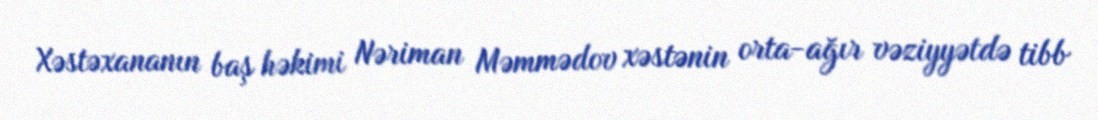
Xəstəxananın baş həkimi Nəriman Məmmədov xəstənin orta-ağır vəziyyətdə tibb